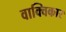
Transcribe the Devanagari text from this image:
वाक्विकार